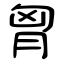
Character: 胷